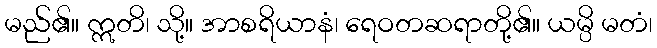
မည်၏။ ဣတိ၊ သို့။ အာစရိယာနံ၊ ရေဝတဆရာတို့၏။ ယမ္ပိ မတံ၊